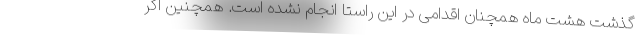
گذشت هشت ماه همچنان اقدامی در این راستا انجام نشده است. همچنین اگر